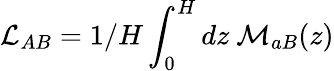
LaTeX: \mathcal{L}_{AB}=1/H\int_{0}^{H}dz\ \mathcal{M}_{aB}(z)